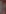
-